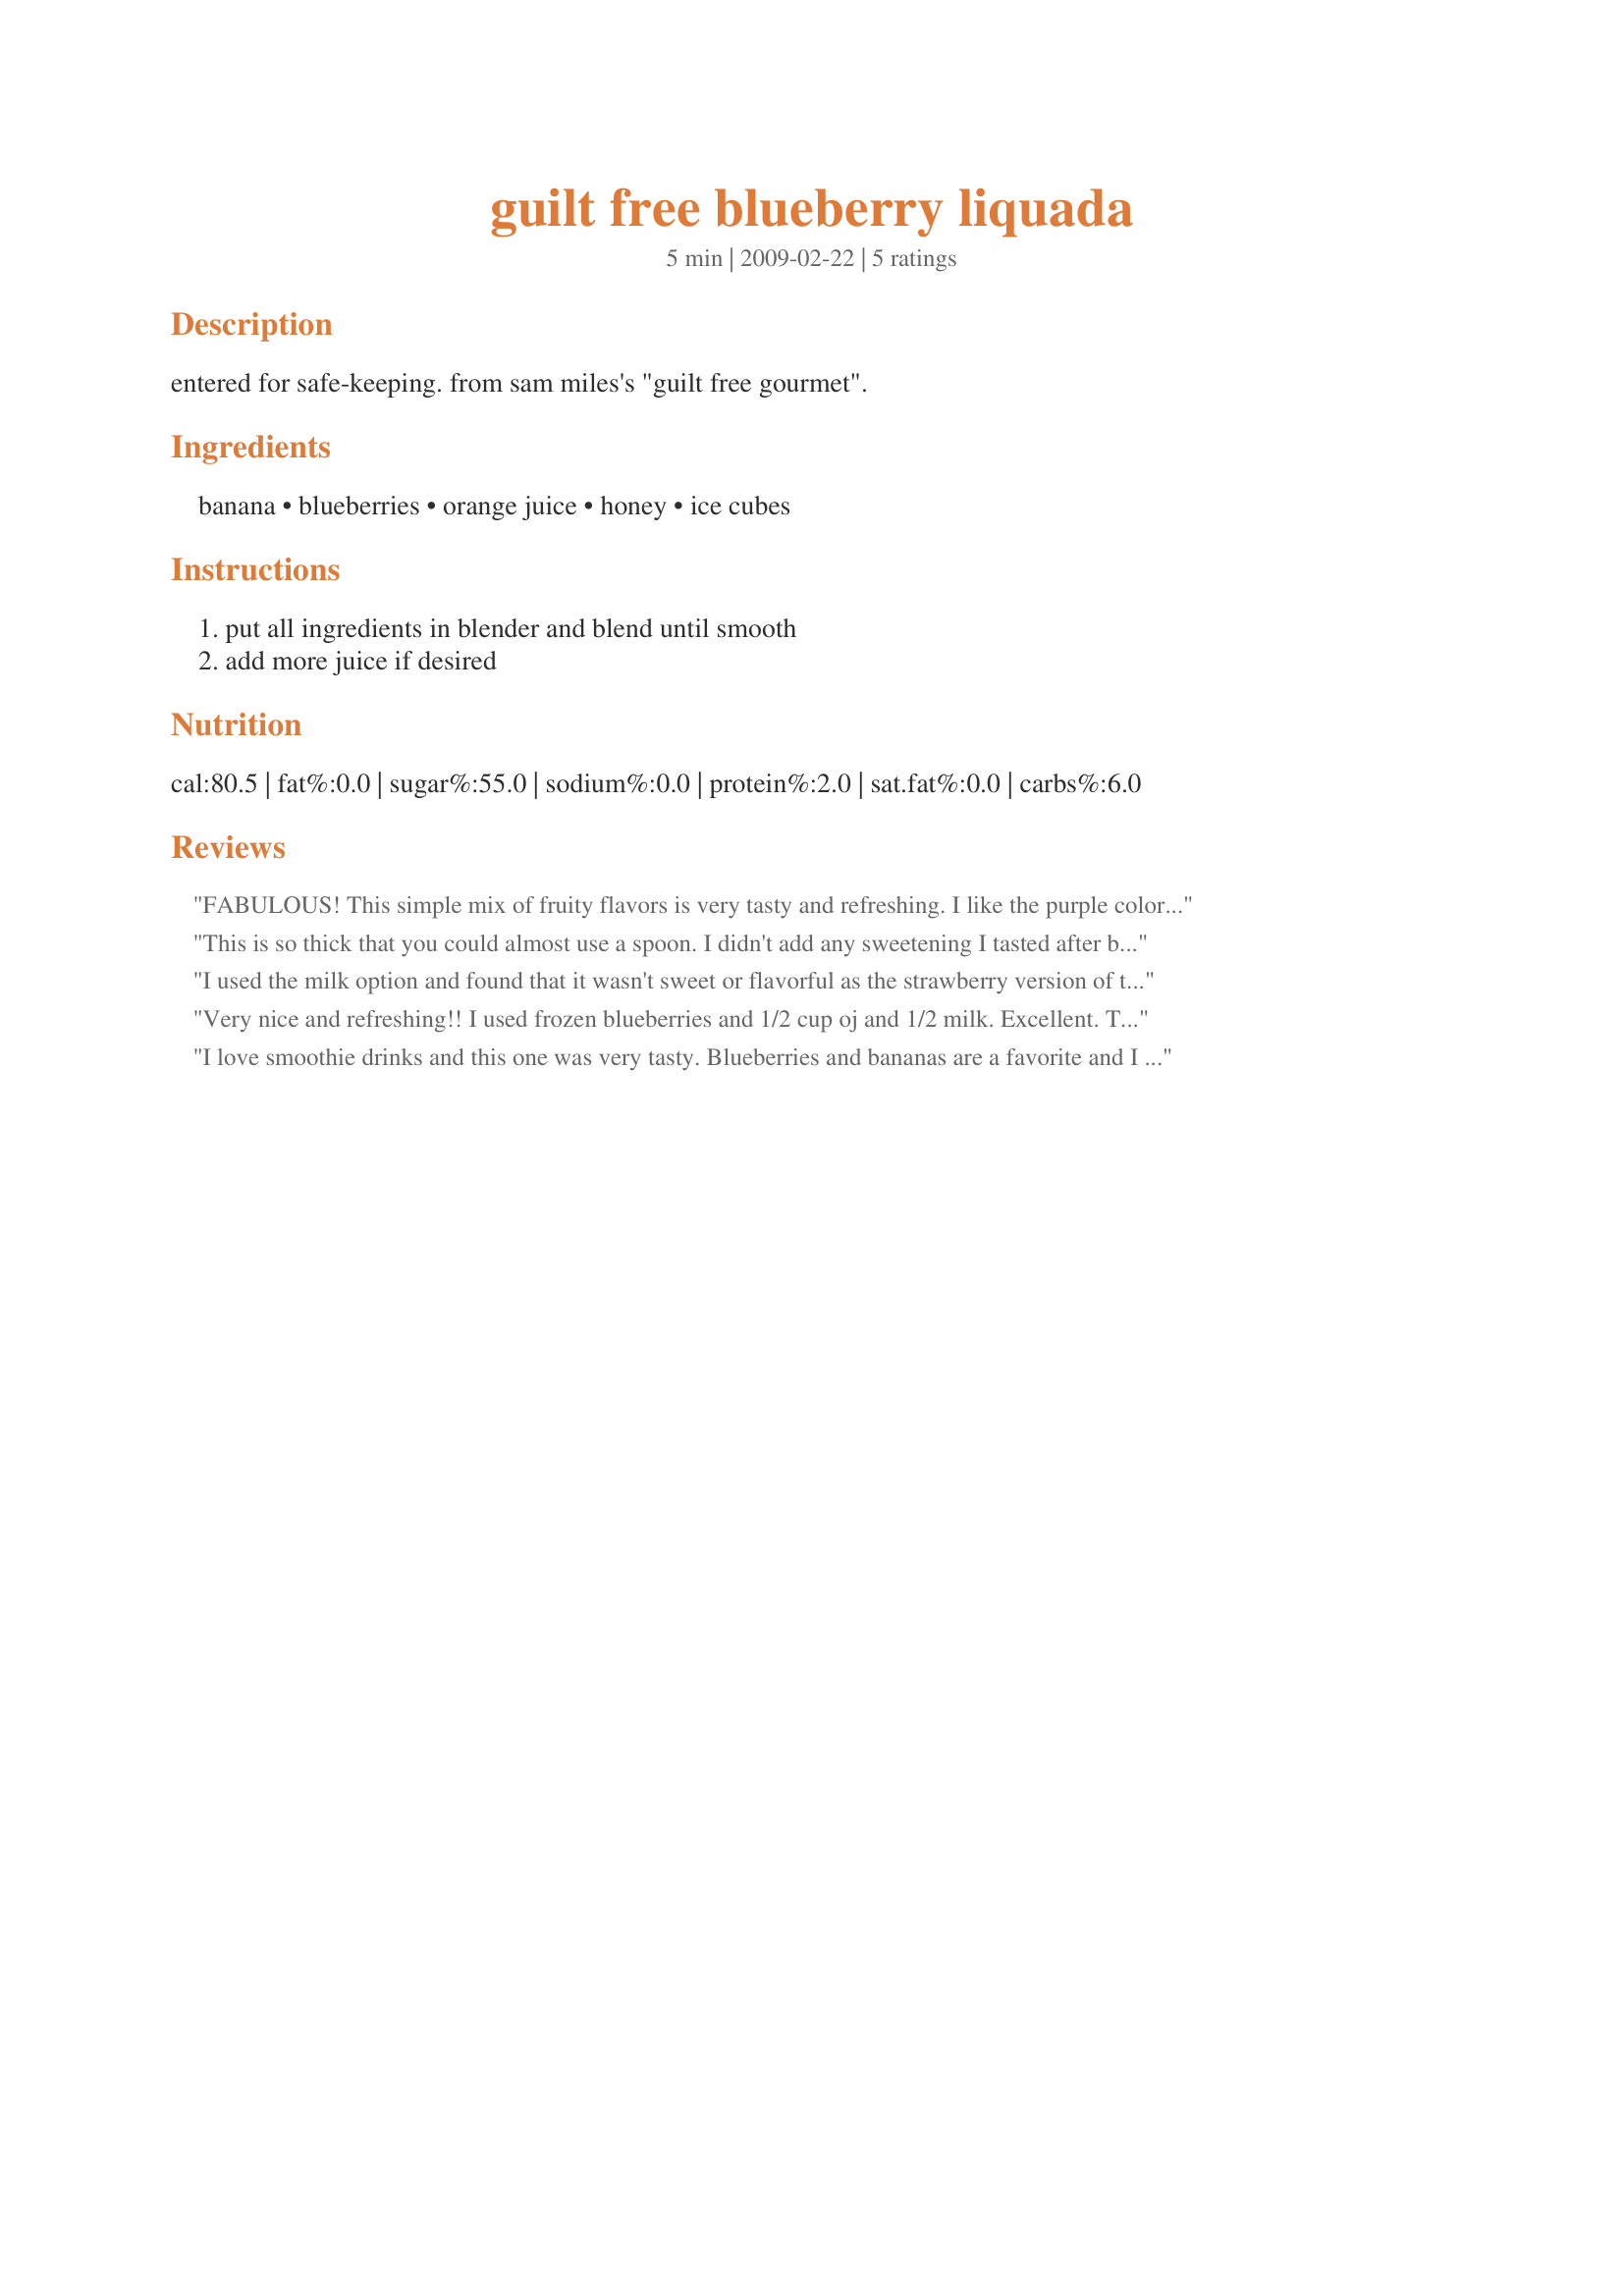
guilt free blueberry liquada
Preparation time: 5 minutes

entered for safe-keeping. from sam miles's "guilt free gourmet".

Ingredients:
banana, blueberries, orange juice, honey, ice cubes

Steps:
put all ingredients in blender and blend until smooth, add more juice if desired

Reviews:
FABULOUS! This simple mix of fruity flavors is very tasty and refreshing. I like the purple color too. I used frozen blueberries and Splenda. Made for 1-2-3 hit wonders.
This is so thick that you could almost use a spoon. I didn't add any sweetening I tasted after blending and it was sweet enough. No way you could go wrong here.
I used the milk option and found that it wasn't sweet or flavorful as the strawberry version of this drink. I think the orange juice it would add the needed sweetness and flavor, so I would try it that way next time.
Very nice and refreshing!! I used frozen blueberries and 1/2 cup oj and 1/2 milk. Excellent. The color reminds me of the Ravens so I had it in my Ravens glass! Made for the Dining Daredevils in ZWT5.
I love smoothie drinks and this one was very tasty. Blueberries and bananas are a favorite and I used a special Key Lime honey in this one ~ it gave this liquada a little twist of citrus as I chose the milk option. Made for ZWT5 ~ Mexico/Southwest/TexMex region :)
